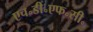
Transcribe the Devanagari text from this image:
एच॰डी॰एफ॰सी॰